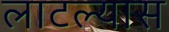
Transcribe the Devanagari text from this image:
लाटल्यास